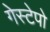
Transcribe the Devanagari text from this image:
गेस्टेपो